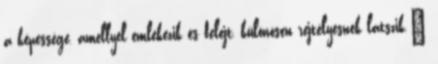
a képessége, amellyel emlékezik és felejt, különösen rejtélyesnek látszik."